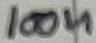
Text: 100n